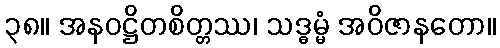
၃၈။ အနဝဋ္ဌိတစိတ္တဿ၊ သဒ္ဓမ္မံ အဝိဇာနတော။